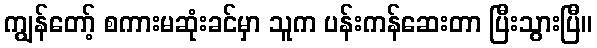
ကျွန်တော့် စကားမဆုံးခင်မှာ သူက ပန်းကန်ဆေးတာ ပြီးသွားပြီ။